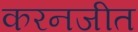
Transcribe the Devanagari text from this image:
करनजीत